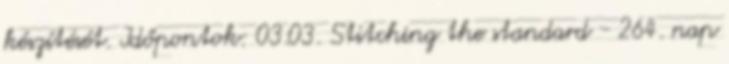
készítését. Időpontok: 03.03. Stitching the standard - 264. nap